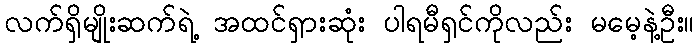
လက်ရှိမျိုးဆက်ရဲ့ အထင်ရှားဆုံး ပါရမီရှင်ကိုလည်း မမေ့နဲ့ဦး။